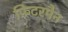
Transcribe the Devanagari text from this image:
फिटरमैन